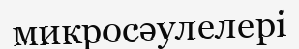
микросәулелері